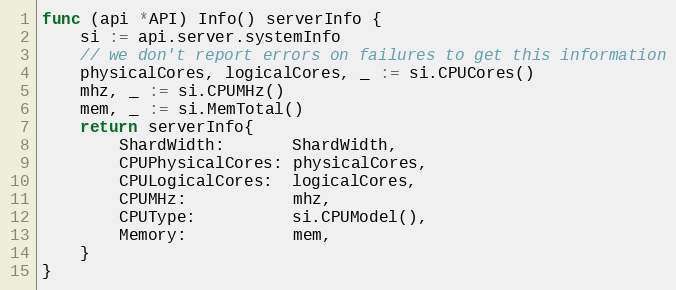
Language: Go
func (api *API) Info() serverInfo {
	si := api.server.systemInfo
	// we don't report errors on failures to get this information
	physicalCores, logicalCores, _ := si.CPUCores()
	mhz, _ := si.CPUMHz()
	mem, _ := si.MemTotal()
	return serverInfo{
		ShardWidth:       ShardWidth,
		CPUPhysicalCores: physicalCores,
		CPULogicalCores:  logicalCores,
		CPUMHz:           mhz,
		CPUType:          si.CPUModel(),
		Memory:           mem,
	}
}